Leningradi_Edasi_toimetus, lk 53
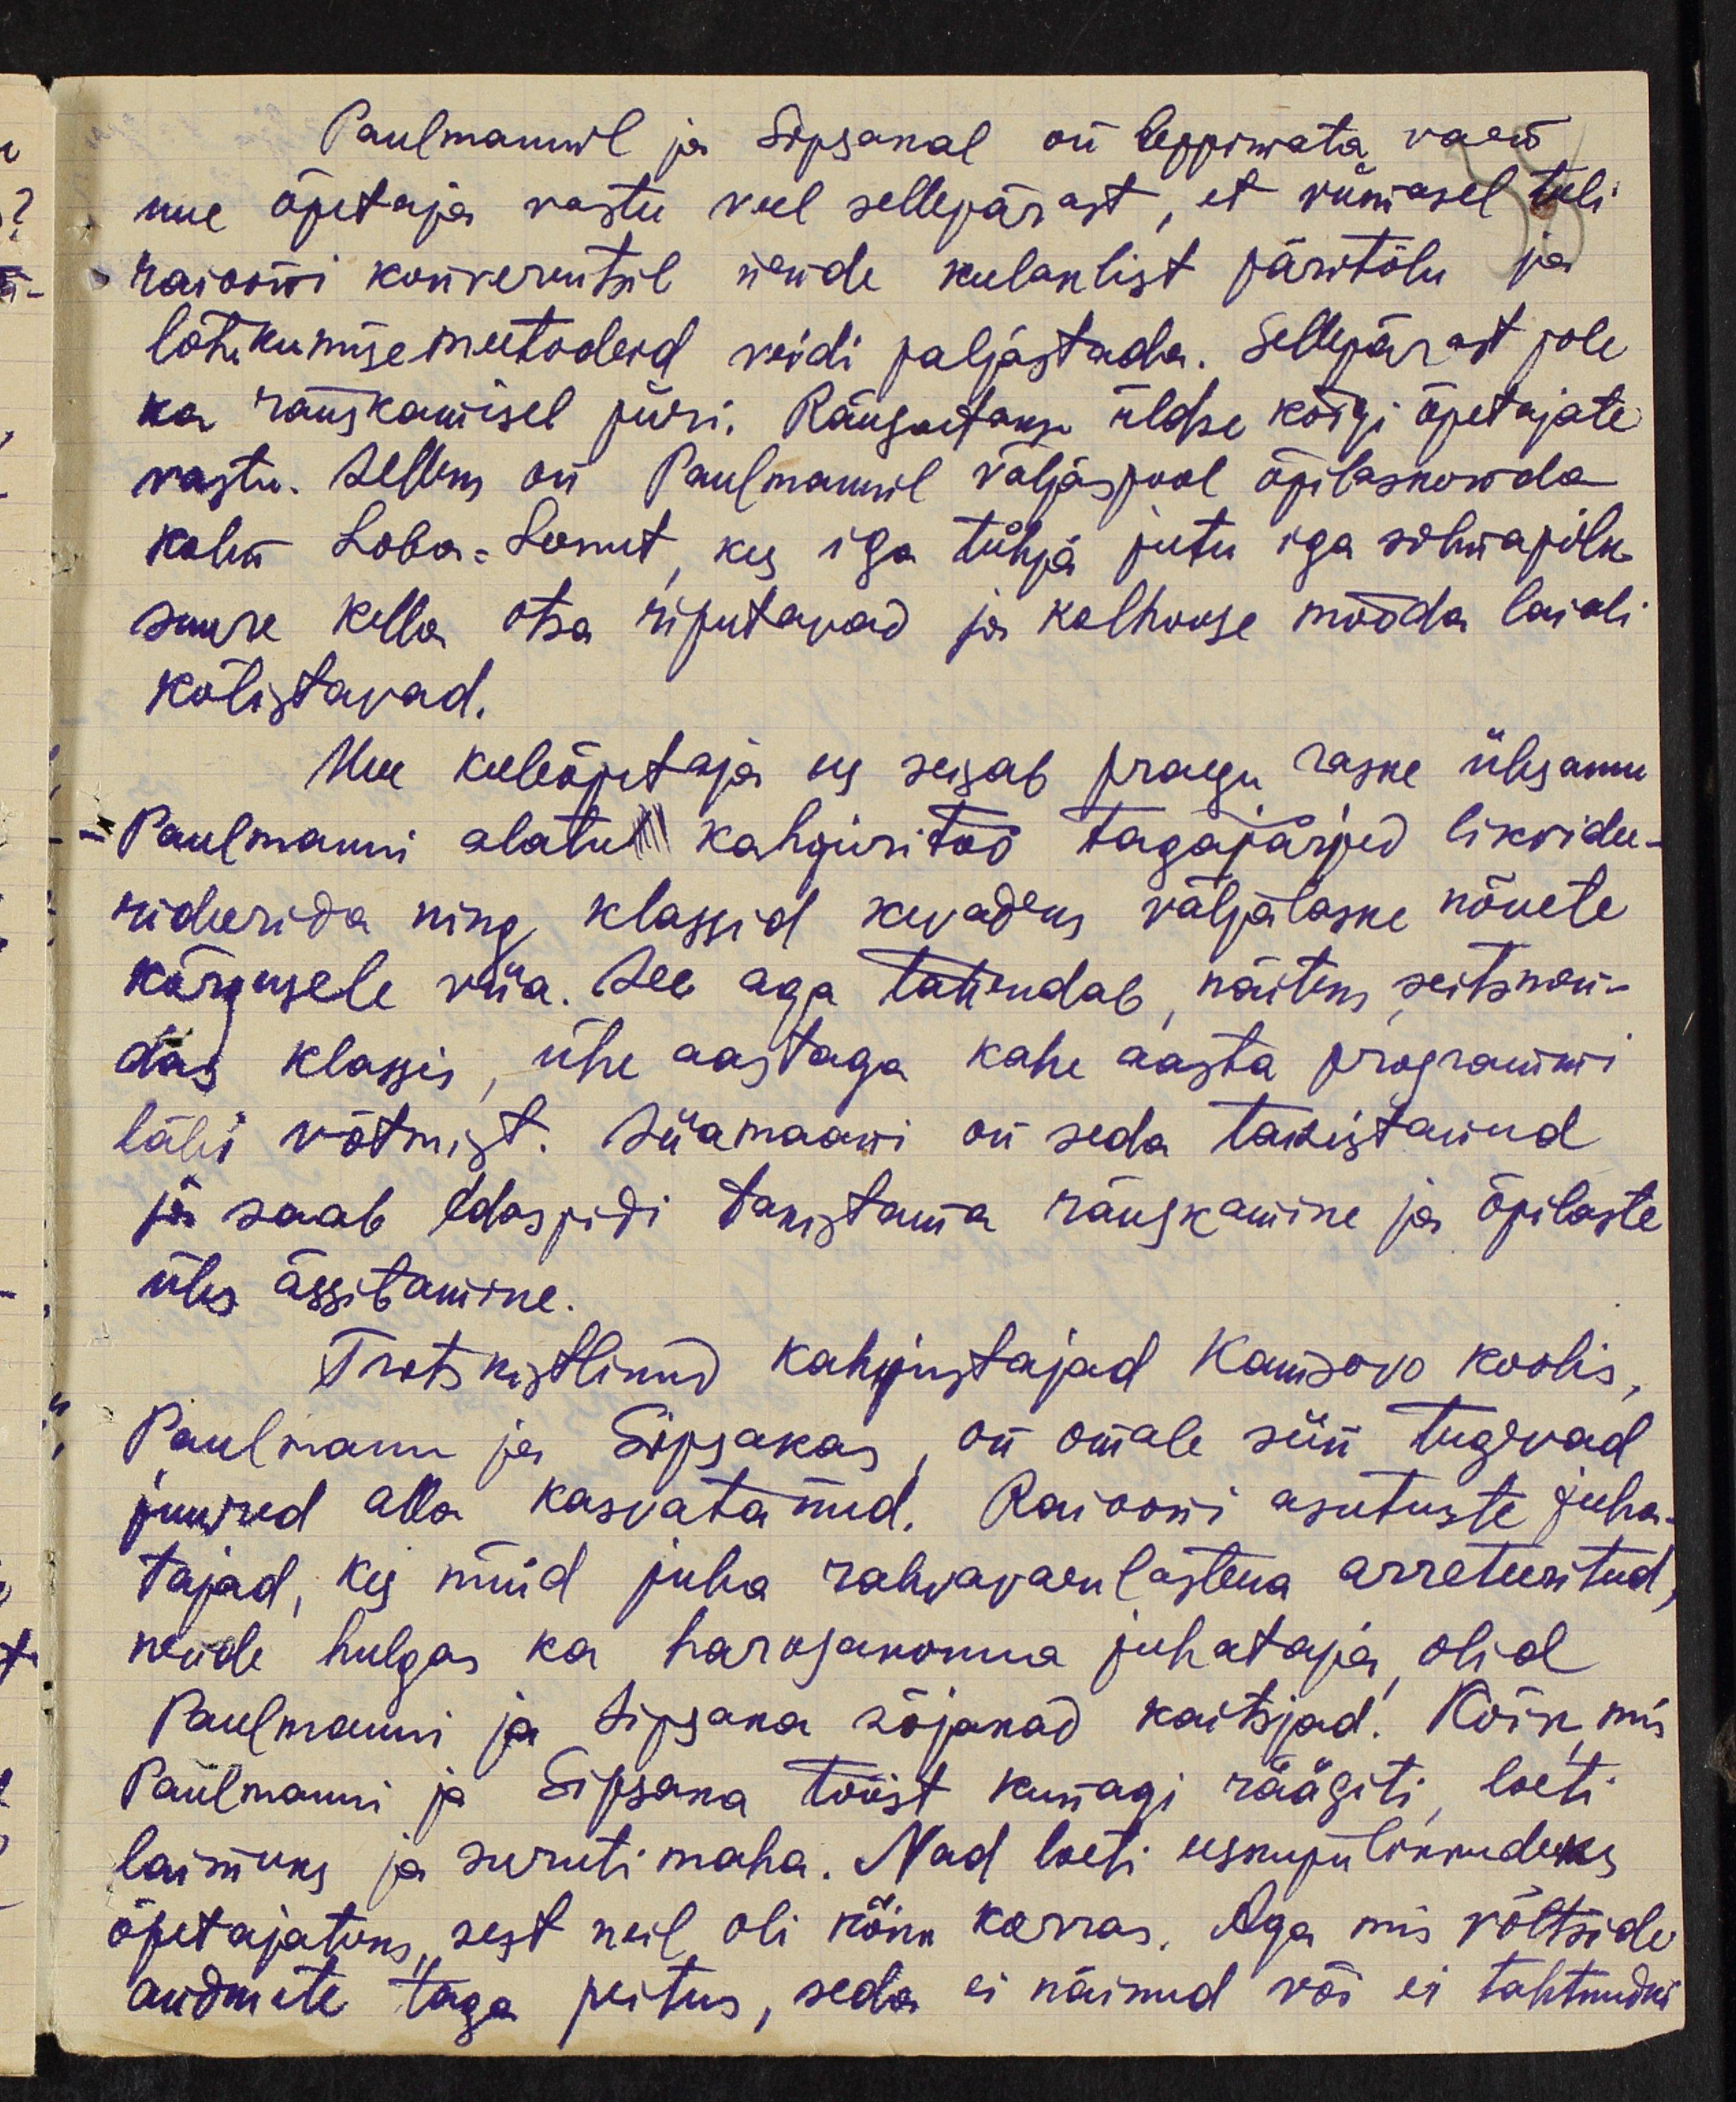
Paulmannil ja Sipsakal on leppimata vaen
uue õpetaja vastu veel sellepärast, et viimasel tuli
raiooni konverentsil nende kulaklist päritolu ja
lõhkumise metodeid veidi paljastada. Sellepärast pole
ka räuskamisel piiri. Räusatakse üldse kõigi õpetajate
vastu. Selleks on Paulmannil väljaspool õpilaskonda
kolm Loba-Leenut, kes iga tühja jutu iga silmapilk
suure kella otsa riputavad ja kolhoose mööda laiali
kõlistavad.
Uue keeleõpetaja ees seisab praegu raske ülesanne
Paulmanni alatud kahjuritöö tagajärjed likvidee-
rideerida ning klassid kevadeks väljalaske nõuete
kõrgusele viia. See aga tähendab näiteks seitsmen-
das klassis, ühe aastaga kahe aasta programmi
läbi võtmist. Siiamaani on seda takistanud
ja saab edaspidi takistama räuskamine ja õpilaste
üles ässitamine.
Trotskistlikud kahjustajad Kamsovo koolis,
Paulmann ja Sipsakas, on omale süü tugevad
juured alla kasvatanud. Raiooni asutuste juha-
tajad, kes nüüd juba rahvavaenlastena arreteeritud,
nende hulgas ka harosakonna juhataja, olid
Paulmanni ja Sipsaka sõjakad kaitsjad! Kõik, mis
Paulmanni ja Sipsaka tööst kunagi räägiti, loeti
laimuks ja suruti maha. Nad loeti eeskujulikkudeks
õpetajateks, sest neil oli kõik korras. Aga mis võltside
andmete taga peitus, seda ei näinud või ei tahtnudki